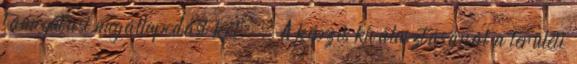
támogatási megállapodást köt.  A képzés kiválasztásánál a területi